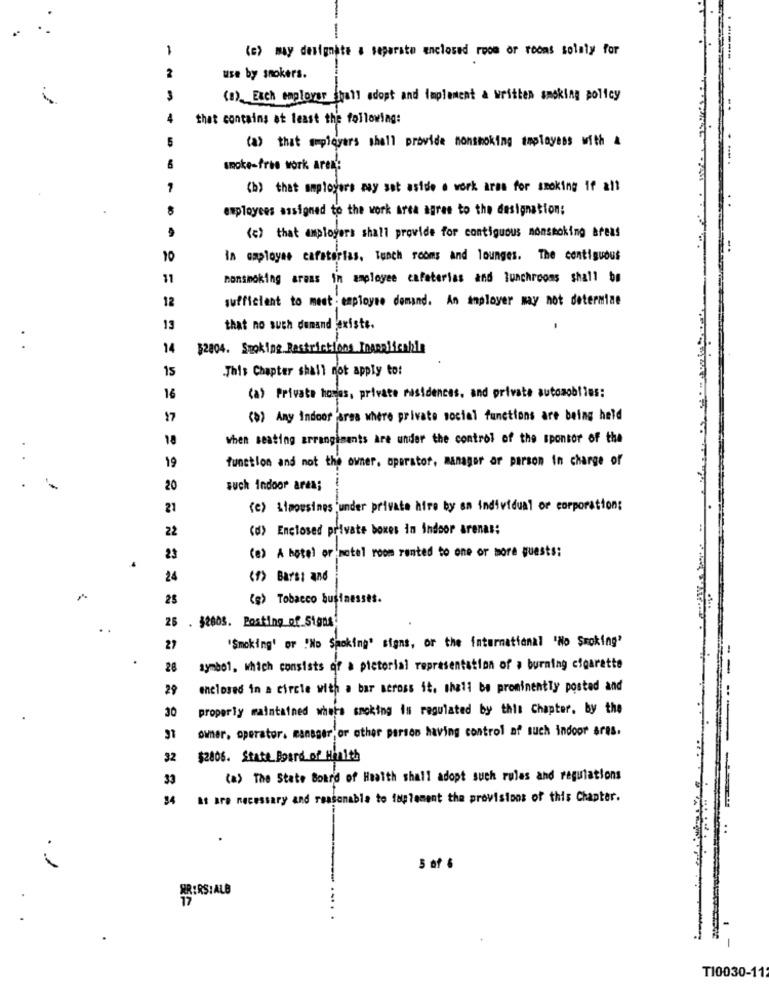
--
1
(c) may designate a separate enclosed room or rooms solely for
-------
2
use by smokers.
. .
(a). Each employer Shall adopt and implement a written smoking policy
that contains at least the following:
(a) that employers shall provide nonsmoking toplayess with &
6
smoke-free work are:
-
(b) that employers may set aside a work aras for smoking if all
8
employees assigned to the work area agree to the designation:
(c) that amployers shall provide for contiguous nonsmoking areas
10
in amployae cafeterias. lunch rooms and lounges. The contiguous
11
nonsmoking areas in employee cafeterias and lunchrooms shall be
12
sufficient to meet : employee demand. An imployer may not determine
13
that no such demand existe.
1
14
$2004. Smoking Restrictions Ingerlicabile
15
.This Chapter shall not apply to:
16
(a) Private homes, private residences, and private automobiles:
17
(>> Any Indoor area where private social functions are being held
18
when seating arrangiments are under the control of the sponsor of the
19
function and not the owner, operator, manager ar person in charge of
20
such Indoor area;
21
(e) Limousines under private hire by an individual or corporations
22
(d) Enclosed private boxes in indoor arenas:
23
(e) A hotel or motel room rented to one or more guests:
24
(#> Barst and
25
(g) Tobacco businesses.
25 . $2603. Posting of Signs
27
'Smoking' or !No Smoking" signs, or the international "No Smoking'
28
symbol, which consists of a pictorial representation of a burning cigarette
--
29
enclosed in a circle with a bar scross it. thali be prominentTy posted and
30
properly maintained where smoking is regulated by this Chapter, by the
owner, operator. manager'or other person having control of such indoor ares,
32
$2806. Statt Board of Health
33
(a) The State Board of Health shall adopt such rules and regulations
34
at are necessary and reasonable to fuplement the provisions of this Chapter.
-----
...
1
5 of 6
ARIRSIALB
17
-
TI0030-11